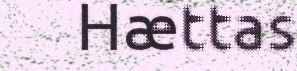
Hættas